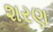
શરણ